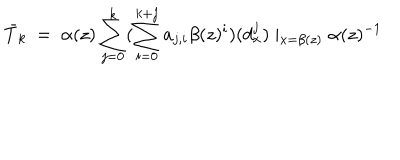
\bar { T } _ { k } \ = \ \alpha ( z ) \sum _ { j = 0 } ^ { k } ( \sum _ { i = 0 } ^ { k + j } a _ { j , i } \beta ( z ) ^ { i } ) ( d _ { x } ^ { j } ) \mid _ { x = \beta ( z ) } \alpha ( z ) ^ { - 1 }